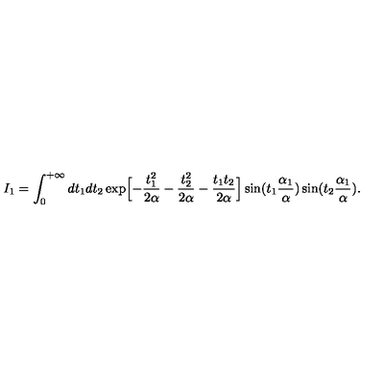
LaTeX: I _ { 1 } = \int _ { 0 } ^ { + \infty } d t _ { 1 } d t _ { 2 } \exp \Bigl [ - \frac { t _ { 1 } ^ { 2 } } { 2 \alpha } - \frac { t _ { 2 } ^ { 2 } } { 2 \alpha } - \frac { t _ { 1 } t _ { 2 } } { 2 \alpha } \Bigr ] \sin ( t _ { 1 } \frac { \alpha _ { 1 } } { \alpha } ) \sin ( t _ { 2 } \frac { \alpha _ { 1 } } { \alpha } ) .